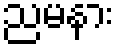
ညမနား